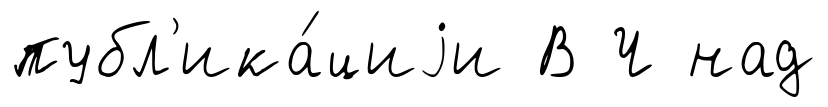
публ'ика́циjи В Ч над